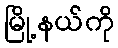
မြို့နယ်ကို